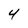
Character: 4